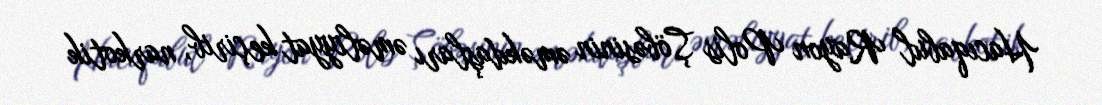
Hacıqabul Rayon Polis Şöbəsinin əməkdaşları əməliyyat keçirib, narkotik